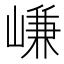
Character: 嵰